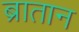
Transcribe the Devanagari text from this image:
ब्रातान